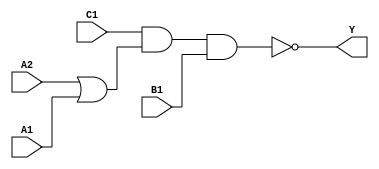
module sky130_fd_sc_hdll__o211ai (
    Y ,
    A1,
    A2,
    B1,
    C1
);

    // Module ports
    output Y ;
    input  A1;
    input  A2;
    input  B1;
    input  C1;

    // Local signals
    wire or0_out    ;
    wire nand0_out_Y;

    //   Name   Output       Other arguments
    or   or0   (or0_out    , A2, A1         );
    nand nand0 (nand0_out_Y, C1, or0_out, B1);
    buf  buf0  (Y          , nand0_out_Y    );

endmodule